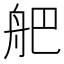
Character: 舥